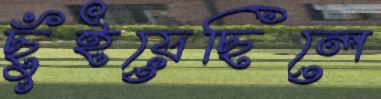
ছুঁইয়েছিলে